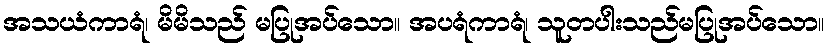
အသယံကာရံ၊ မိမိသည် မပြုအပ်သော။ အပရံကာရံ၊ သူတပါးသည်မပြုအပ်သော။